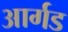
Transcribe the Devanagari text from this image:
आर्गड